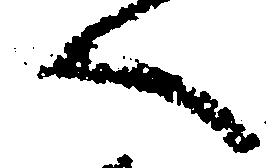
へ